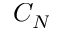
C _ { N }